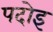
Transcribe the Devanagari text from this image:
पदोइ